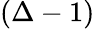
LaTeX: (\Delta-1)